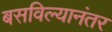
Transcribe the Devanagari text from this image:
बसविल्यानंतर